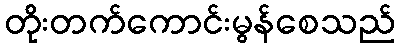
တိုးတက်ကောင်းမွန်စေသည်